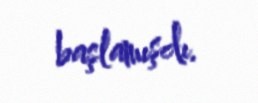
başlamışdı.